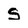
Character: S